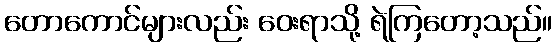
တောကောင်များလည်း ဝေးရာသို့ ရဲကြတော့သည်။